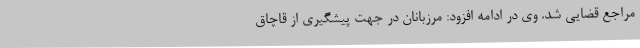
مراجع قضایی شد. وی در ادامه افزود: مرزبانان در جهت پیشگیری از قاچاق